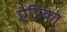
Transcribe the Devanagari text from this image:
ऐप्रिको